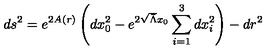
d s ^ { 2 } = e ^ { 2 A ( r ) } \left( d x _ { 0 } ^ { 2 } - e ^ { 2 \sqrt { \bar { \Lambda } } x _ { 0 } } \sum _ { i = 1 } ^ { 3 } d x _ { i } ^ { 2 } \right) - d r ^ { 2 }